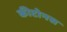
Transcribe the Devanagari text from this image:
कीटोनस